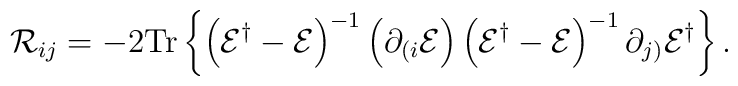
{\cal R}_{ij}=- 2{\rm Tr}\left\{\left({\cal E}^{\dagger}-{\cal E}\right)^{-1}\left(\partial_{(i}{\cal E}\right) \left({\cal E}^{\dagger}-{\cal E}\right)^{-1}\partial_{j)}{\cal E}^{\dagger}\right\}.